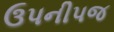
ઉપનીપજ